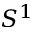
S ^ { 1 }